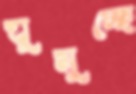
ঘুমুচ্ছে